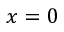
x = 0